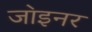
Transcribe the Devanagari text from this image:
जा॓इनर